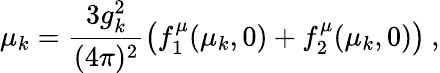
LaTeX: \mu_{k}=\frac{3g_{k}^{2}}{(4\pi)^{2}}\left(f_{1}^{\mu}(\mu_{k},0)+f_{2}^{\mu}(\mu_{k},0)\right)\: ,